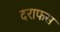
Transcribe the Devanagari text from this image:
दराफस